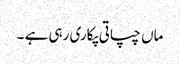
ماں چپاتی پکاری رہی ہے ۔